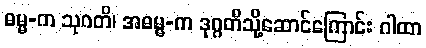
ဓမ္မ-က သုဂတိ၊ အဓမ္မ-က ဒုဂ္ဂတိသို့ဆောင်ကြောင်း ဂါထာ